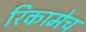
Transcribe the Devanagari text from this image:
रिकामेच